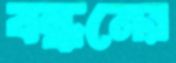
বন্ধনের